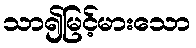
သာ၍မြင့်မားသော